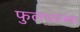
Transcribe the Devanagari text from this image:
फुलभाज्या